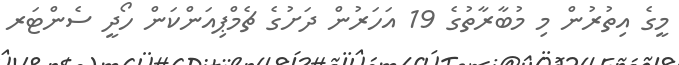
މީގެ އިތުރުން މި މުބާރާތުގެ 19 އަހަރުން ދަށުގެ ޗެމްޕިއަންކަން ހޯދީ ސެންޓަރ